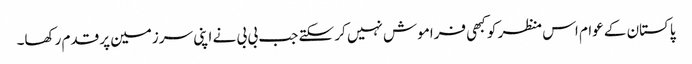
پاکستان کے عوام اس منظر کو کبھی فراموش نہیں کر سکتے جب بی بی نے اپنی سرزمین پر قدم رکھا۔